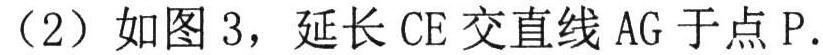
（2）如图 3，延长 CE 交直线 AG 于点 P.